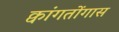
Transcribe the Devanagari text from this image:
क्वांगतोंगास